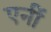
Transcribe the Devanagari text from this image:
एनीं